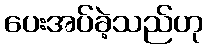
ပေးအပ်ခဲ့သည်ဟု